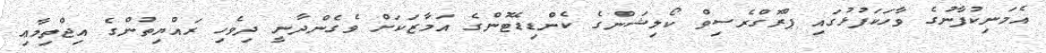
އެމަނިކުފާނުގެ ވާހަކަފުޅުގައި ޕްރޮގްރެސިވް ކޯލިޝަންގެ ކެންޑިޑޭޓުންގެ އަމާޒަކަށް ވެގެންދާނީ ދިވެހި ރައްޔިތުންގެ އިޖްތިމާޢި